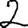
Digit: 2